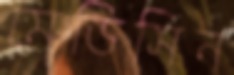
মেডিসিন